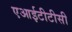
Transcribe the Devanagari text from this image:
एआईटीटीसी